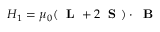
H _ { 1 } = \mu _ { 0 } ( \mathrm { ~ \bf ~ L ~ } + 2 \mathrm { ~ \bf ~ S ~ } ) \cdot \mathrm { ~ \bf ~ B ~ }